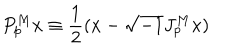
LaTeX: P _ { p } ^ { M } x \equiv \frac { 1 } { 2 } ( x - \sqrt { - 1 } J _ { p } ^ { M } x )